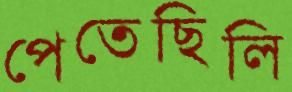
পেতেছিলি